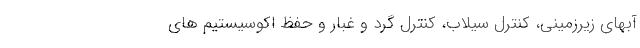
آبهای زیرزمینی، کنترل سیلاب، کنترل گرد و غبار و حفظ اکوسیستیم های